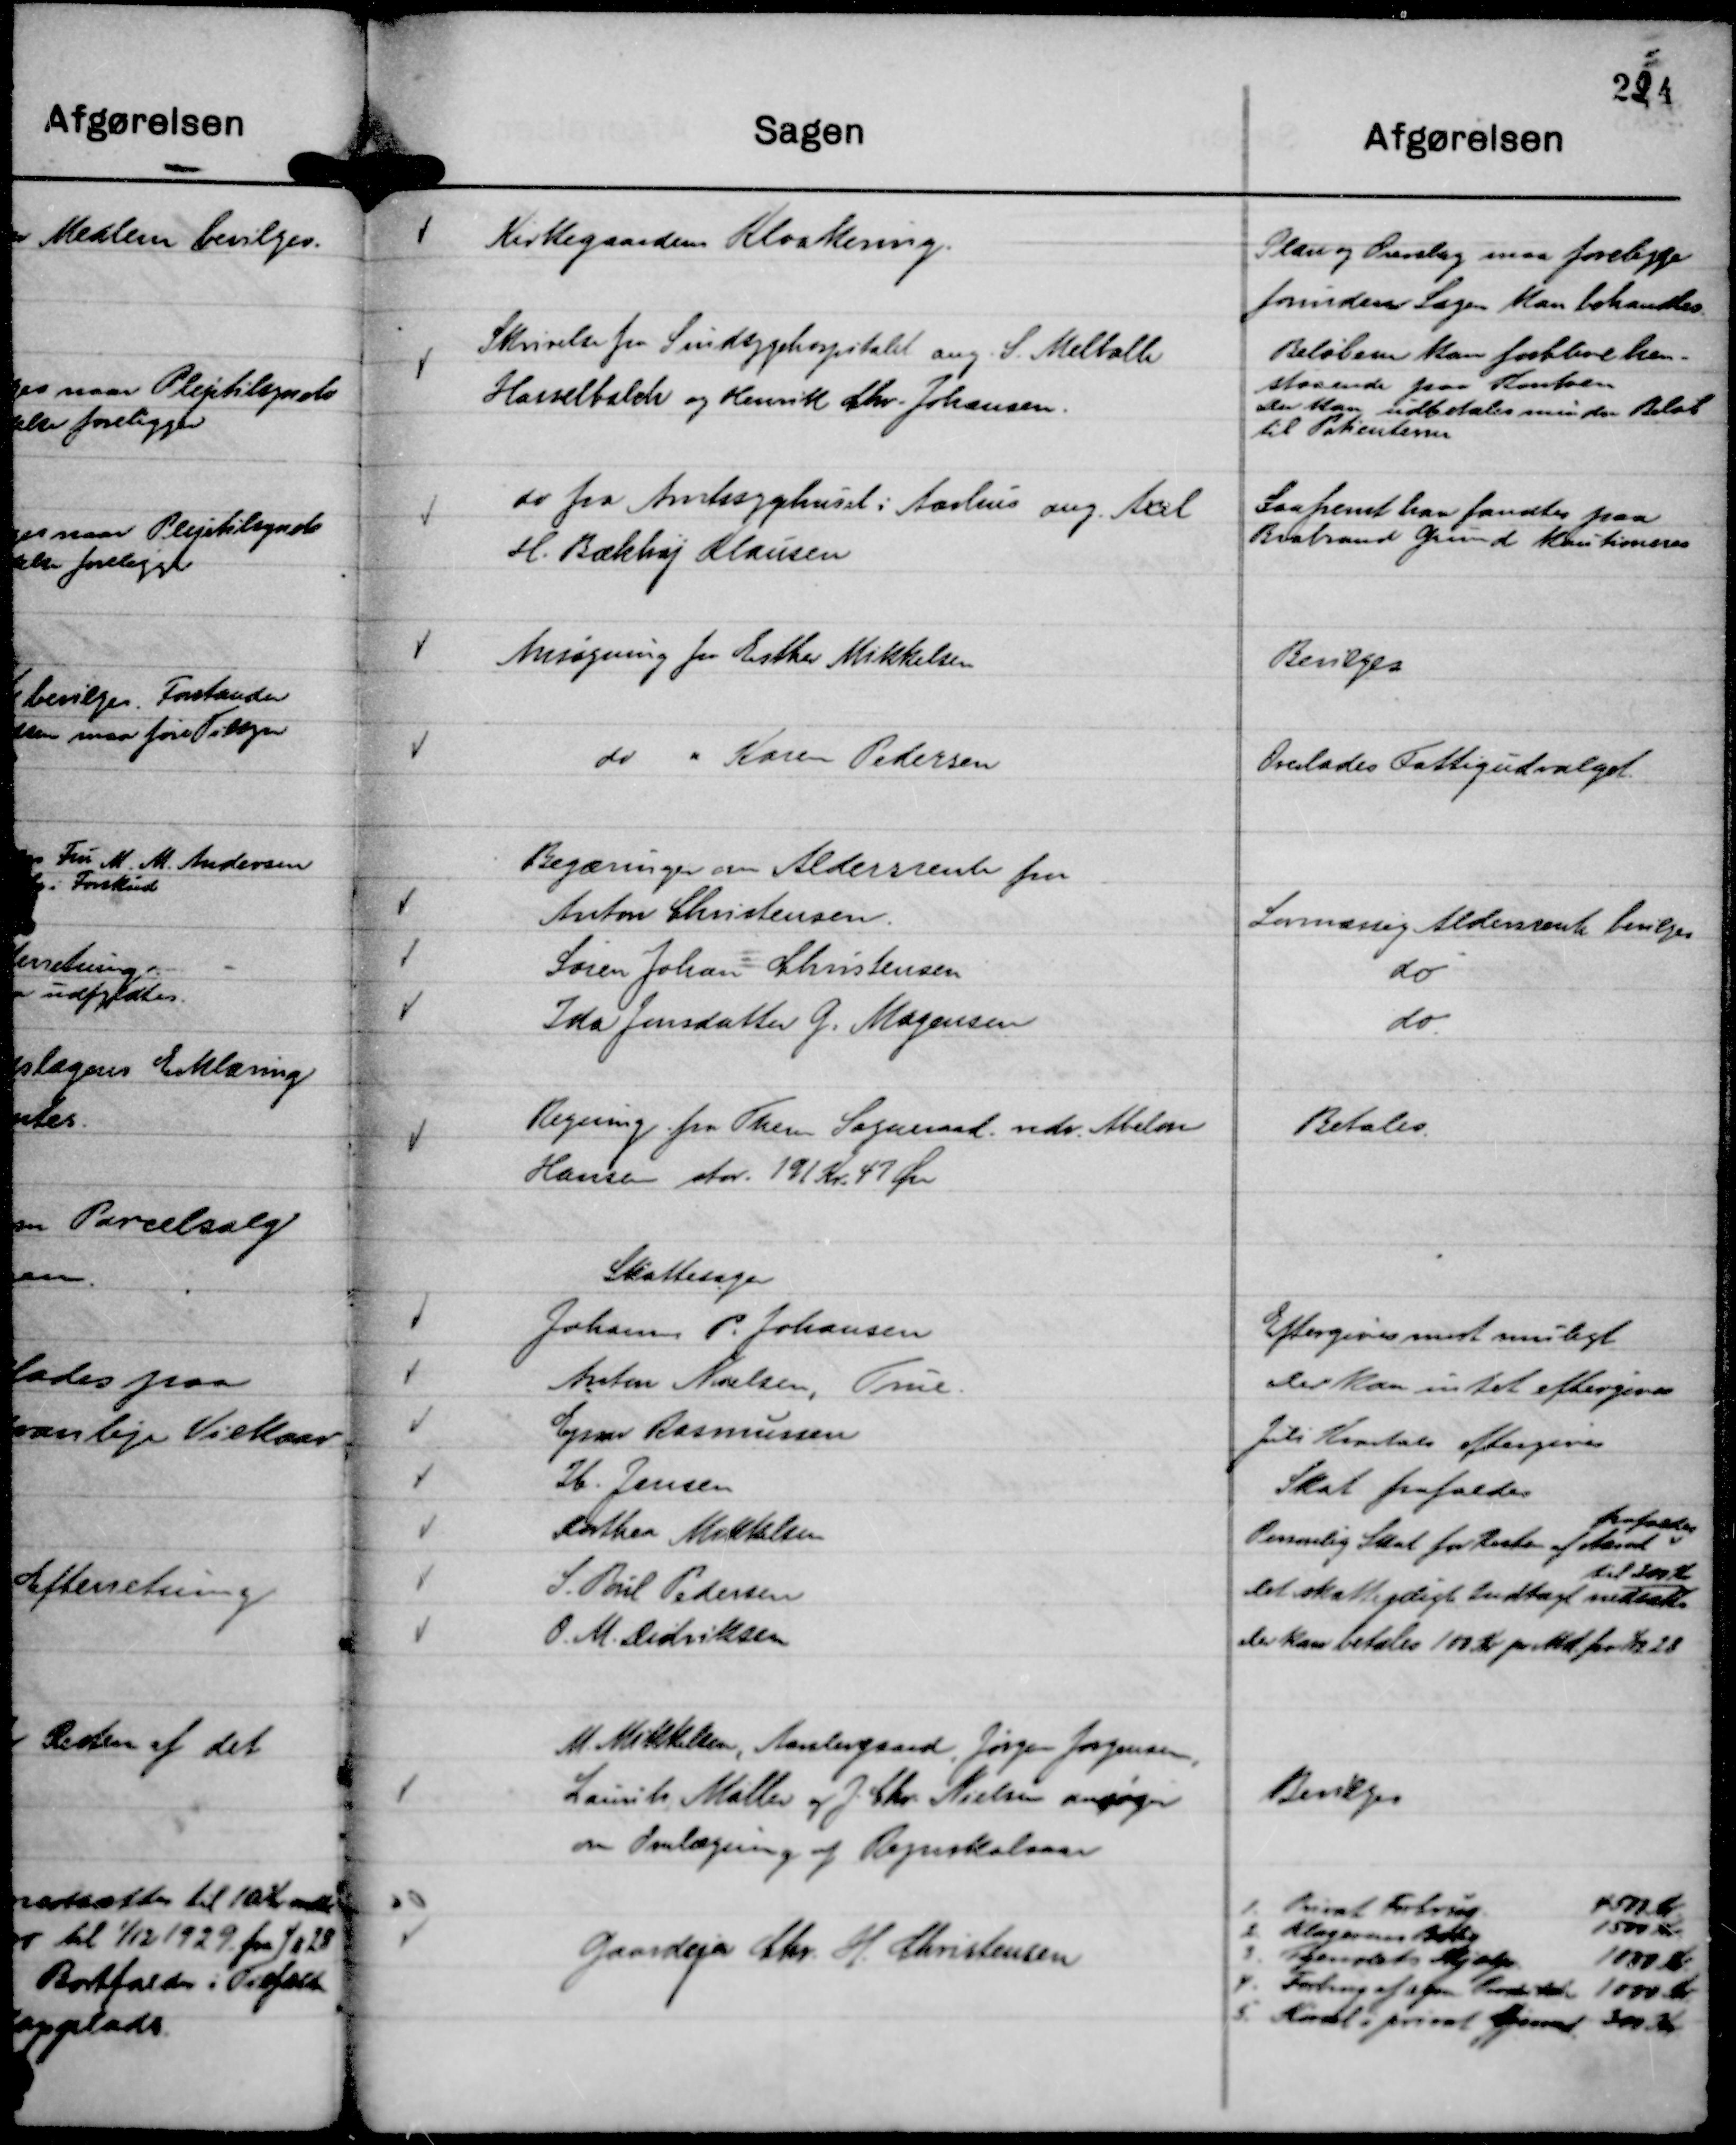
Transskription:
Kirkegaardens Kloakering.

Plan og Overslag maa foreligge
forinden Sagen kan behandles.

Skrivelse fra Sindsygehospitalet ang. S. Melballe
Hasselbalch og Henrik Chr. Johansen.

Beløbene kan forblive hen-
staaende paa Kontoen
Der kan udbetales mindre Beløb
til Patienterne

do fra Amtssygehuset i Aarhus ang. Axel
H. Bækhøj Klausen

Saafremt han fandtes paa
Brabrand Grund Kautioneres

Ansøgning fra Esther Mikkelsen

Bevilges

do " Karen Pedersen

Overlades Fattigudvalget.

Begæringer om Aldersrente fra

Anton Christensen
Lovmæssig Aldersrente bevilges

Søren Johan Christensen
do

Ida Jensdatter G. Mogensen
do.

Regning fra Them Sogneraad vedr. Abelon
Hansen stor. 191 Kr. 47 Øre

Betales.

Skattesager

Johannes P. Johansen
Eftergives mest muligt

Anton Nielsen, True.
Der kan intet eftergives

Ejnar Rasmussen
Juli Kvartals eftergives

Ib Jensen
Skat frafaldes

Dorthea Mikkelsen
Personlig Skat for Resten af Aaret
frafaldes

S. Poul Pedersen
Det skattepligt Indtægt nedsættes
til 200 Kr

O. M. Didriksen
Der kan betales 100 Kr pr Md. fra 1/12 28

M. Mikkelsen, Aarslevgaard, Jørgen Jørgensen,
Laurits Møller og J. Chr. Nielsen ansøger
om Omlægning af Regnskabsaar

Bevilges

Gaardejer Chr. H. Christensen

1. Privat Forbrug
4500 Kr.
2. Klagerens Bolig
1500 Kr.
3. Tyendets Hjælp
1000 Kr.
4. Forbrug af egne Produkter 1000 Kr.
5. Kørsel i privat Øjemed 300 Kr.